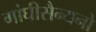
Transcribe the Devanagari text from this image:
गांघीसैन्यनो